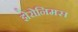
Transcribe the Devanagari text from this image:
झेरोनिमस